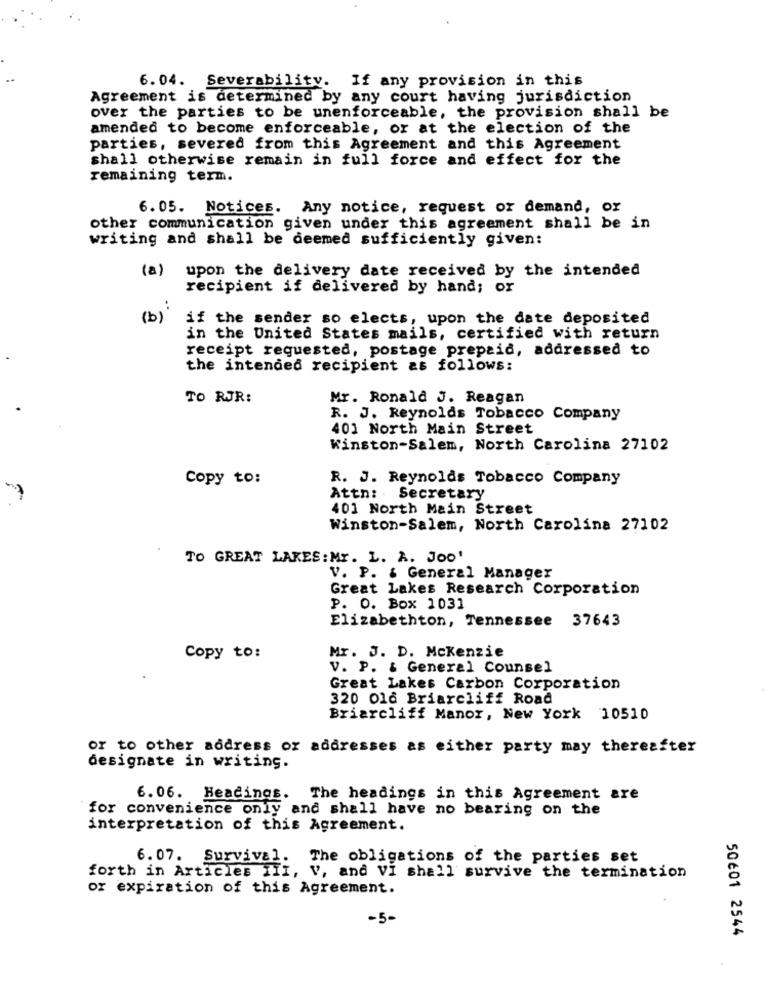
6.04. Severability. If any provision in this
Agreement is determined by any court having jurisdiction
over the parties to be unenforceable, the provision shall be
amended to become enforceable, or at the election of the
parties, severed from this Agreement and this Agreement
shall otherwise remain in full force and effect for the
remaining term.
6. 05. Notices. Any notice, request or demand, or
other communication given under this agreement shall be in
writing and shall be deemed sufficiently given:
(a) upon the delivery date received by the intended
recipient if delivered by hand; or
(b)
if the sender so elects, upon the date deposited
in the United States mails, certified with return
receipt requested, postage prepaid, addressed to
the intended recipient as follows:
TO RJR:
Mr. Ronald J. Reagan
R. J. Reynolds Tobacco Company
401 North Main Street
Winston-Salem, North Carolina 27102
Copy to:
R. J. Reynolds Tobacco Company
Attn: Secretary
401 North Main Street
Winston-Salem, North Carolina 27102
TO GREAT LAKES: Mr. L. A. JOO'
V. P. & General Manager
Great Lakes Research Corporation
P. O. Box 1031
Elizabethton, Tennessee 37643
Copy to:
Mr. J. D. Mckenzie
V. P. & General Counsel
Great Lakes Carbon Corporation
320 016 Briarcliff Road
Briarcliff Manor, New York 10510
or to other address or addresses as either party may thereafter
designate in writing.
6.06. Headings. The headings in this Agreement are
for convenience only and shall have no bearing on the
interpretation of this Agreement.
6.07. Survival. The obligations of the parties set
forth in Articles III, V, and VI shall survive the termination
or expiration of this Agreement.
-5-
50601 2544